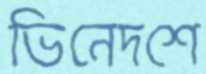
ভিনেদশে